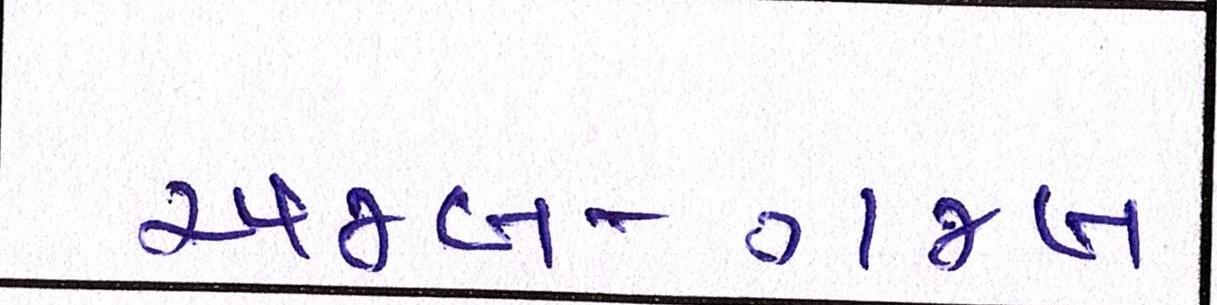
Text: અજબ-ગજબ